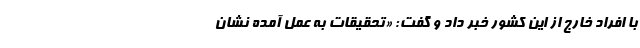
با افراد خارج از این کشور خبر داد و گفت: «تحقیقات به عمل آمده نشان